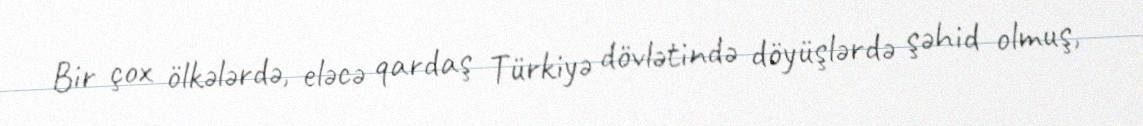
Bir çox ölkələrdə, eləcə qardaş Türkiyə dövlətində döyüşlərdə şəhid olmuş,